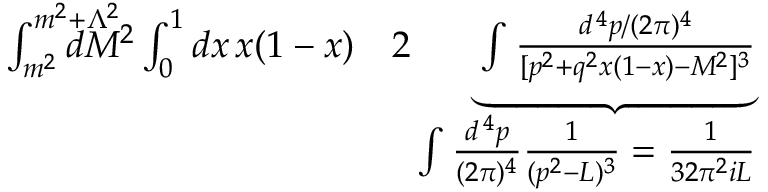
\begin{array} { r l r } { \int _ { m ^ { 2 } } ^ { m ^ { 2 } + \Lambda ^ { 2 } } \! \! \! \! \! \! \! \! \! \! d M ^ { 2 } \int _ { 0 } ^ { 1 } d x \, x ( 1 - x ) } & { 2 } & { \underbrace { \int { \frac { d ^ { \, 4 } p / ( 2 \pi ) ^ { 4 } } { [ p ^ { 2 } + q ^ { 2 } x ( 1 - x ) - M ^ { 2 } ] ^ { 3 } } } } } \\ & { } & { \! \! \! \! \! \int { \frac { d ^ { \, 4 } p } { ( 2 \pi ) ^ { 4 } } } { \frac { 1 } { ( p ^ { 2 } - L ) ^ { 3 } } } = { \frac { 1 } { 3 2 \pi ^ { 2 } i L } } } \end{array}